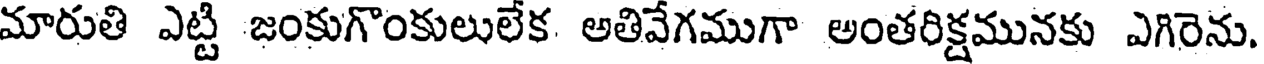
మారుతి ఎట్టి జంకుగొంకులులేక అతివేగముగా అంతరిక్షమునకు ఎగిరెను.